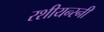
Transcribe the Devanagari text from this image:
रशीयन्स्नी